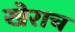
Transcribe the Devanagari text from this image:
खेराच